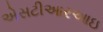
એસટીઆરઆઇ